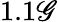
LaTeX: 1.1\mathscr{G}